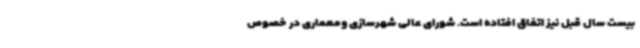
بیست سال قبل نیز اتفاق افتاده است. شورای عالی شهرسازی ومعماری در خصوص